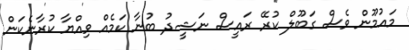
މައުމޫން ވެސް ގަބޫލް ކުރޭ ރައީސް ނަޝީދު ބުނާ ކަމެއް ވިއްޔާ ކުރާނެކަން